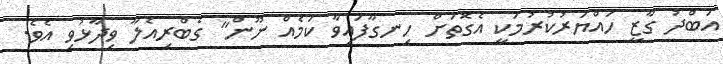
އަބްދު ގާޒީ ހައްޔަރުކުރުމަކީ އެގޮތަށް ހިނގާފައިވާ ކަމެއް ނޫން" ގެބްރިއެލާ ވިދާޅުވި އެވެ.